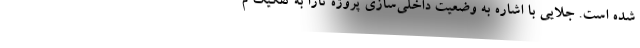
شده است. جلایی با اشاره به وضعیت داخلی‌سازی پروژه تارا به تفکیک م